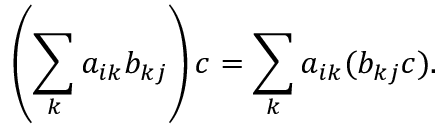
\left( \sum _ { k } a _ { i k } b _ { k j } \right) c = \sum _ { k } a _ { i k } ( b _ { k j } c ) .